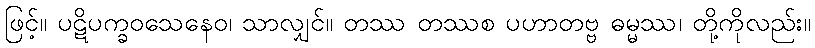
ဖြင့်။ ပဋိပက္ခဝသေနေဝ၊ သာလျှင်။ တဿ တဿစ ပဟာတဗ္ဗ ဓမ္မဿ၊ တို့ကိုလည်း။